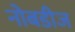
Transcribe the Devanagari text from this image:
नोबडीज